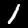
Digit: 1